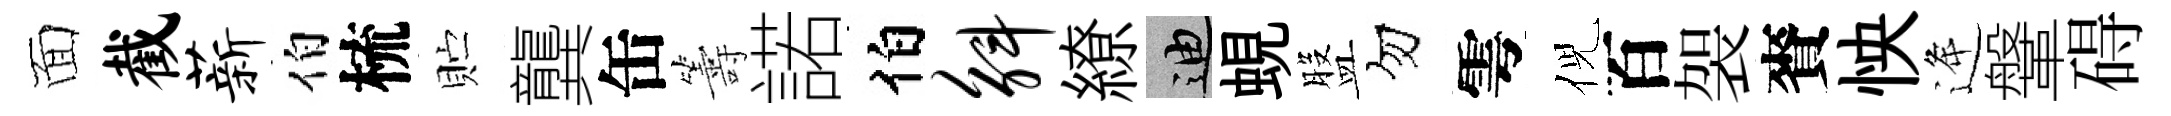
面截薪伯梳贮龔缶籌諾伯斛繚迪蜆盤勿雩倪百袈賚怏逄鞶碍